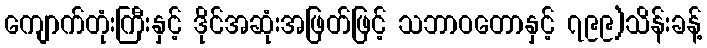
ကျောက်တုံးကြီးနှင့် ဒိုင်အဆုံးအဖြတ်ဖြင့် သဘာဝတောနှင့် ၇၉၉)သိန်းခန့်